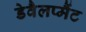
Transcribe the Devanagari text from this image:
डेवैलप्मैंट